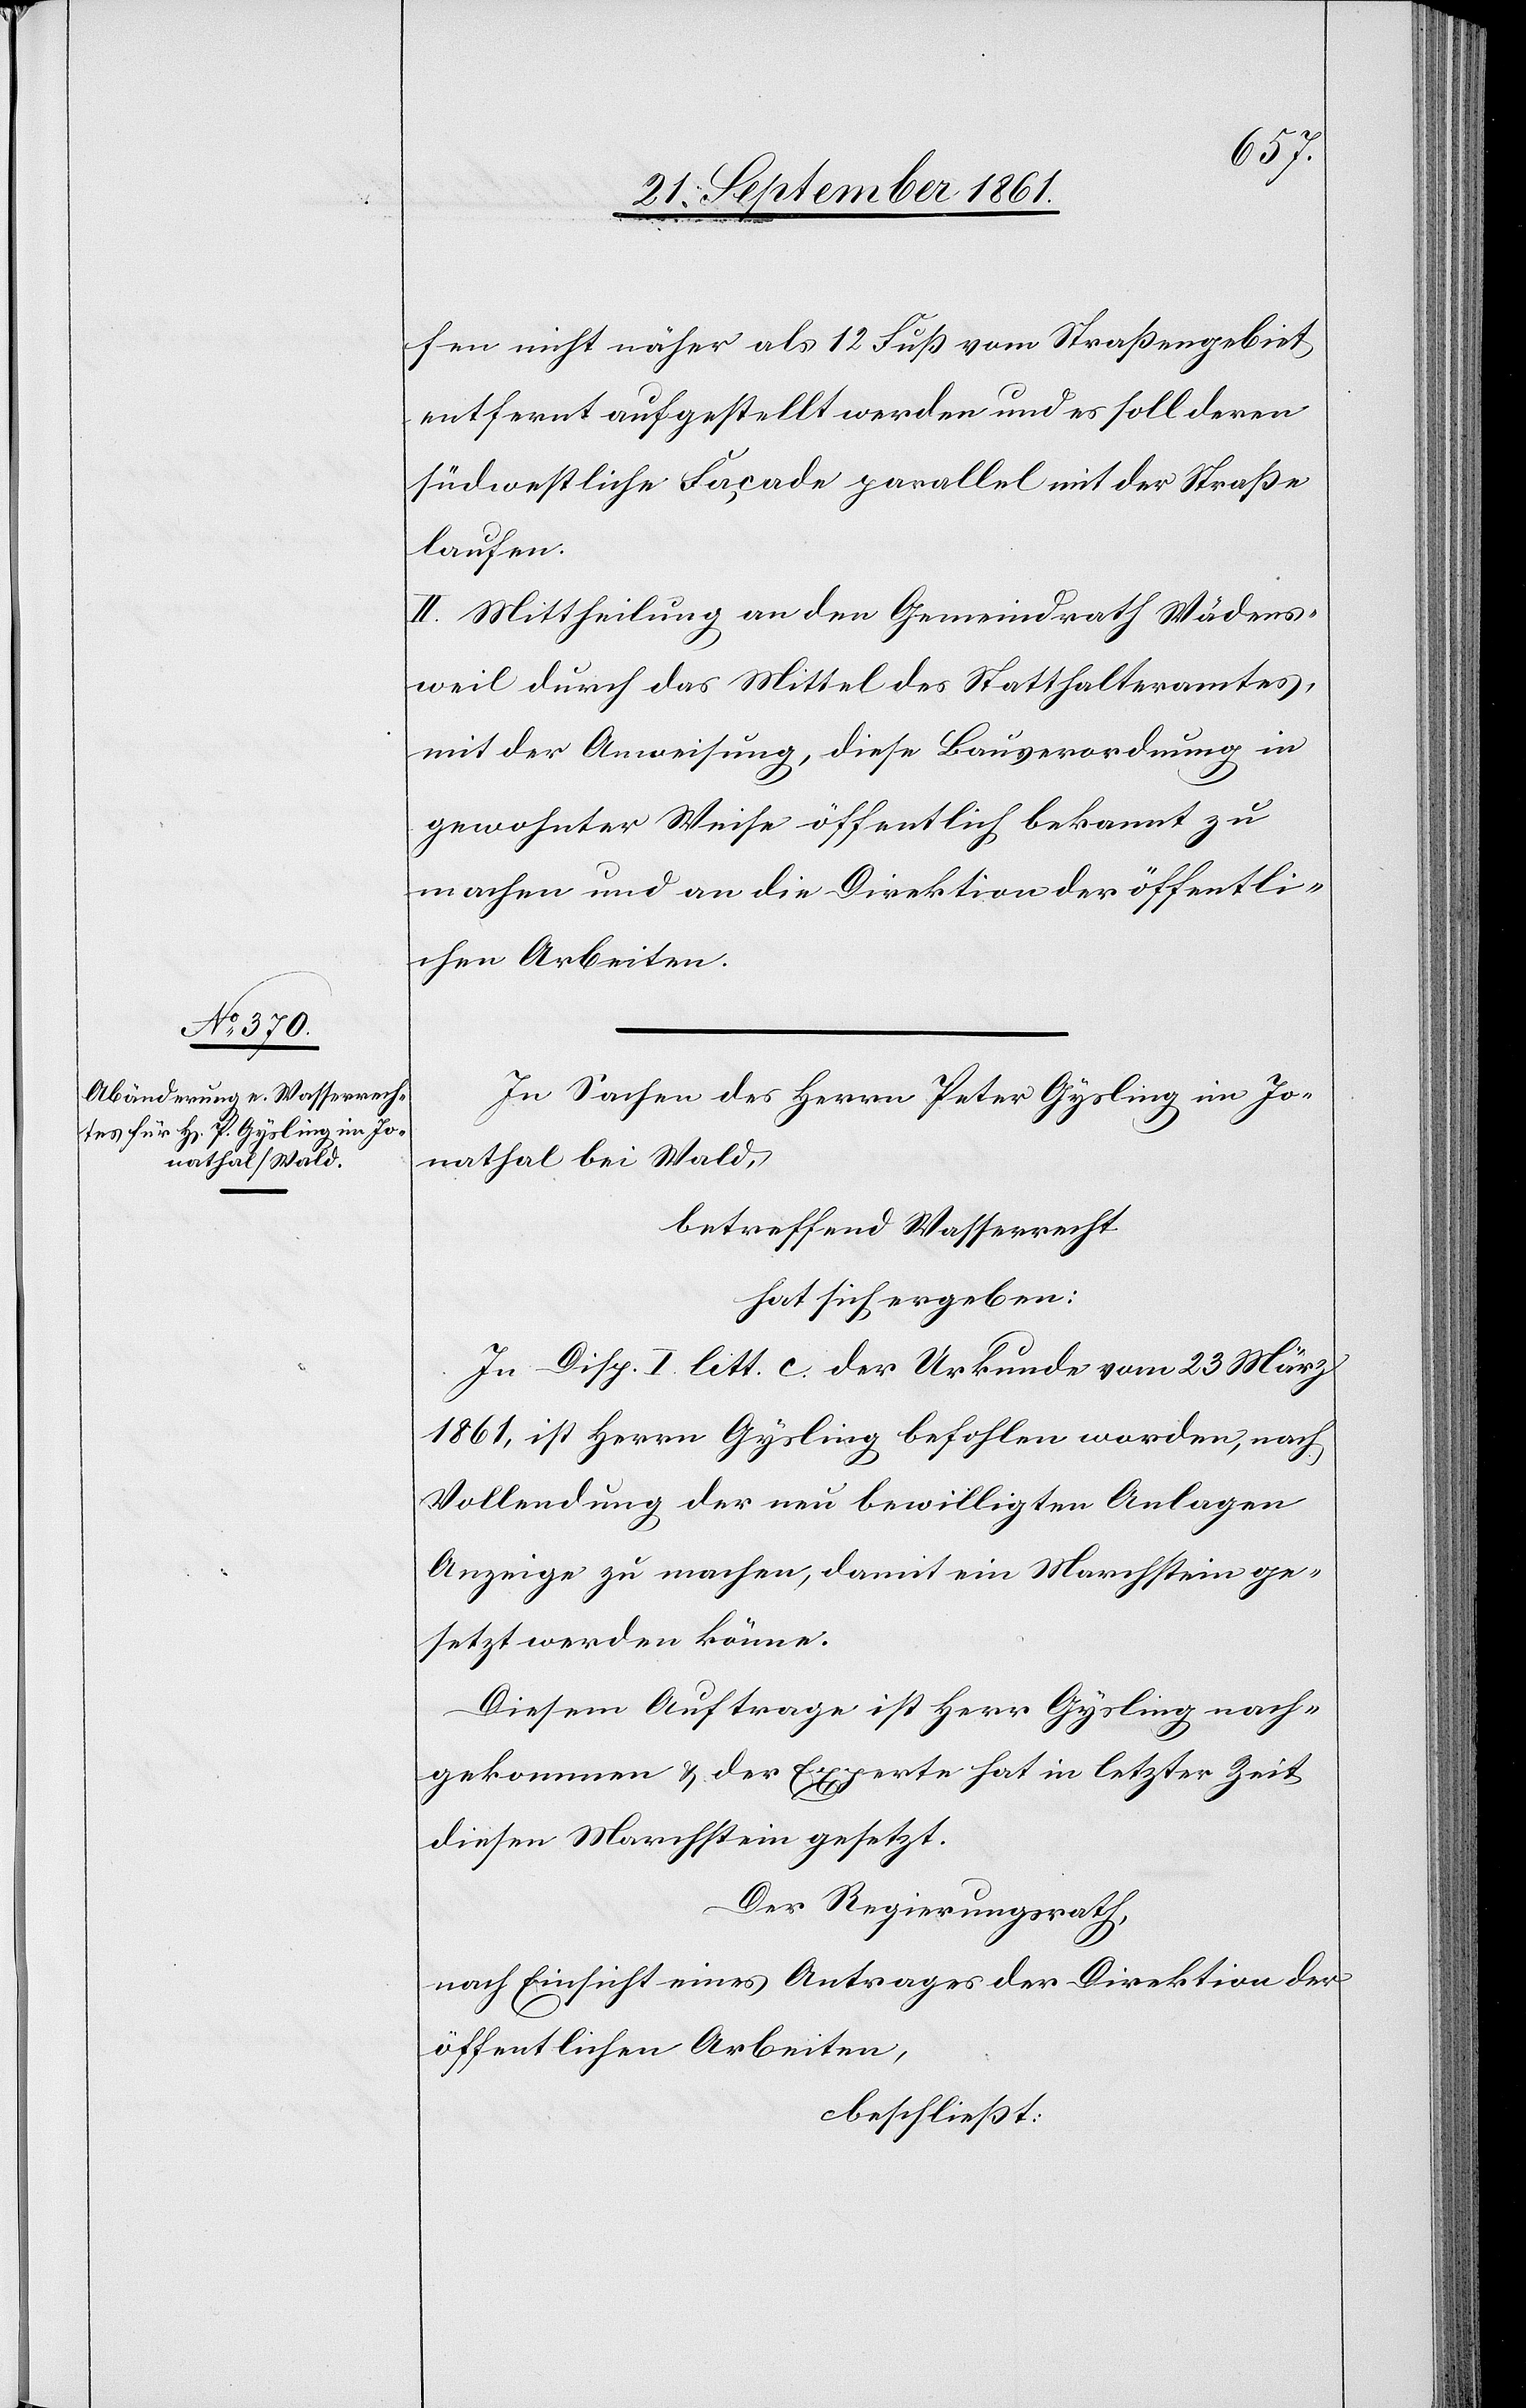
fen nicht näher als 12 Fuß vom Straßengebiet
entfernt aufgestellt werden und es soll deren
südoestliche Façade parallel mit der Straße
laufen.
II. Mittheilung an den Gemeindrath Wädens¬
weil durch das Mittel des Statthalteramtes,
mit der Anweisung, diese Bauverordnung in
gewohnter Weise öffentlich bekannt zu
machen und an die Direktion der öffentli¬
chen Arbeiten.
In Sachen des Herrn Peter Gysling im Jo¬
nathal bei Wald,
betreffend Wasserrecht
hat sich ergeben:
In Disp. I litt c. der Urkunde vom 23 März
1861 ist Herrn Gysling befohlen worden, nach
Vollendung der neu bewilligten Anlagen
Anzeige zu machen, damit ein Marchstein ge¬
setzt werden könne.
Diesem Auftrage ist Herr Gysling nach¬
gekommen u. der Experte hat in letzter Zeit
diesen Marchstein gesetzt.
Der Regierungsrath,
nach Einsicht eines Antrages der Direktion der
öffentlichen Arbeiten,
beschließt: